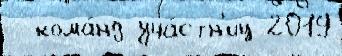
  кома́нд-уча́стн'иц 2019